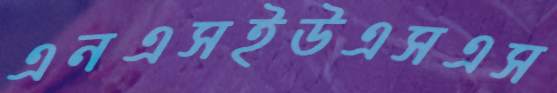
এনএসইউএসএস